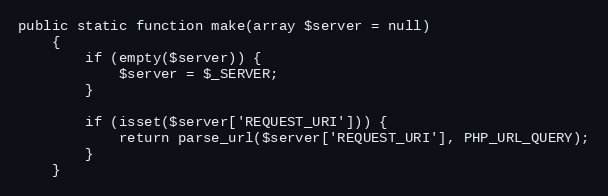
Language: PHP
public static function make(array $server = null)
    {
        if (empty($server)) {
            $server = $_SERVER;
        }

        if (isset($server['REQUEST_URI'])) {
            return parse_url($server['REQUEST_URI'], PHP_URL_QUERY);
        }
    }